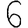
Digit: 6